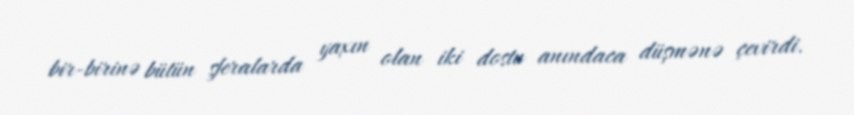
bir-birinə bütün sferalarda yaxın olan iki dostu anındaca düşmənə çevirdi.